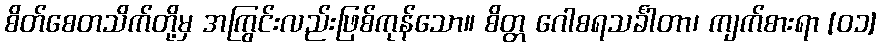
စိတ်စေတသိက်တို့မှ အကြွင်းလည်းဖြစ်ကုန်သော။ စိတ္တ ဂေါစရသင်္ခါတာ၊ ကျက်စားရာ [၀၁]